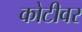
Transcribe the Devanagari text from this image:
कोटीवर